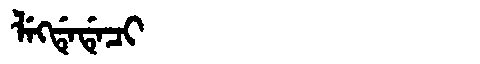
Manchu: ᠯᡝᡴᡩᡝᡩᡝᠴᡳ
Romanization: LEKDEDECI